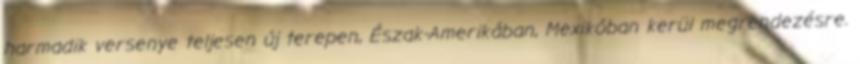
harmadik versenye teljesen új terepen, Észak-Amerikában, Mexikóban kerül megrendezésre.